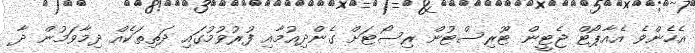
އެހެންވެ އެއާޕޯޓް ޖެޓީން ޓޫރިސްޓުން ރިސޯޓަށް ގެންދިއުމާއި ފުރުވުމުގައި ދަތިތަކެއް ދިމާވަމުން ދާ